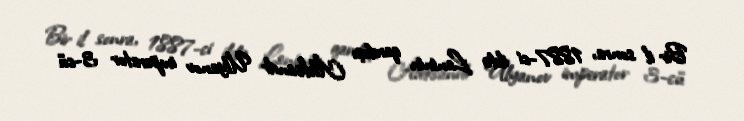
Bir il sonra, 1887-ci ildə Leninin qardaşı Aleksandr Ulyanov imperator 3-cü